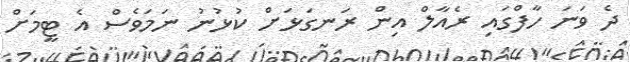
ދެ ވަނަ ހާފްގައި ރެއާލް އިން ރަނގަޅަށް ކުޅުނު ނަމަވެސް އެ ޓީމަށް